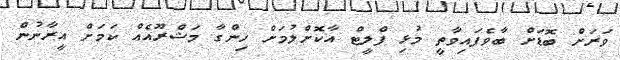
ވަރަށް ބޮޑަށް ބާވެފައިވާތީ މުޅި ފްލީޓް އާކޮށްލުމަށް ހިންގާ މަޝްރޫއެއް ކަމަށް އީރާނުން